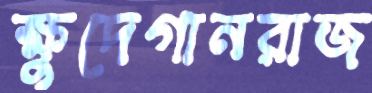
ক্ষুদেগানরাজ